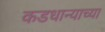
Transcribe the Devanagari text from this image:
कडधान्याच्या